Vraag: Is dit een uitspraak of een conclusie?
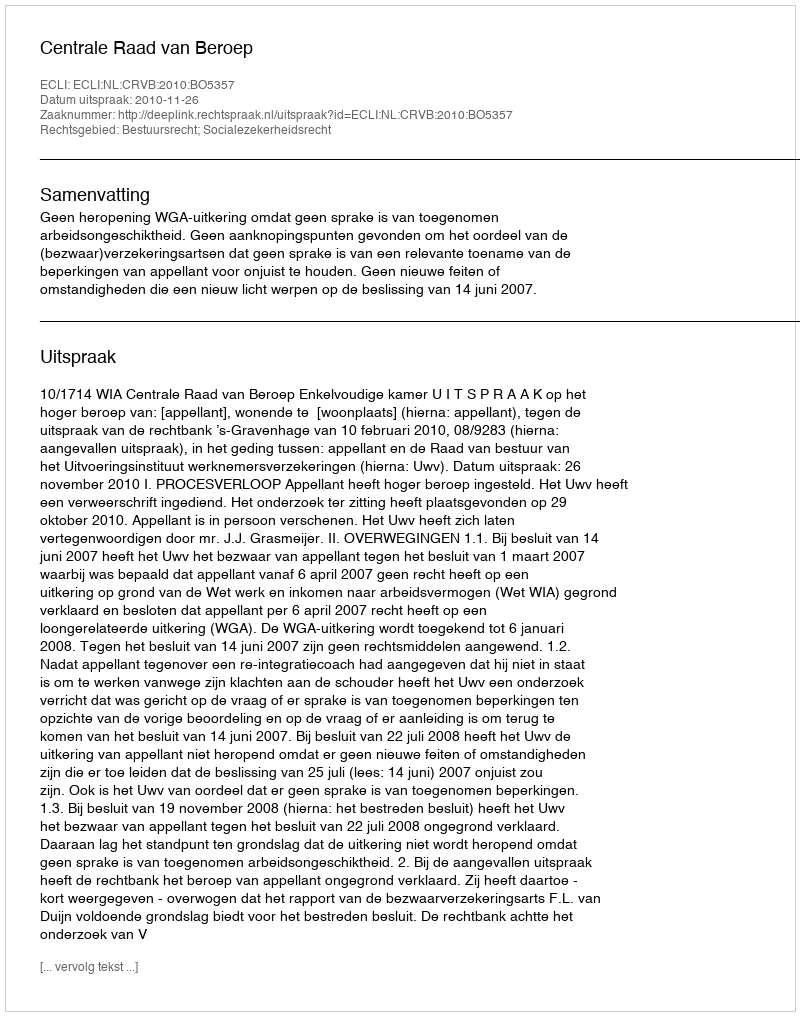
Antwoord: Uitspraak